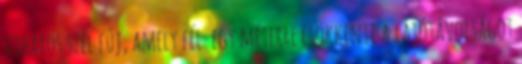
viharos szél fúj, amely fél-egy méterre csökkenti a látótávolságot